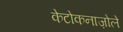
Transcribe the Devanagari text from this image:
केटोकनाज़ोले